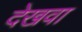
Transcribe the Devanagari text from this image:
देखवा